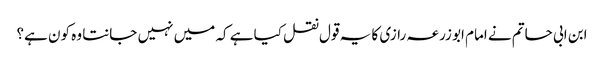
ابن ابی حاتم نے امام ابو زرعہ رازی کا یہ قول نقل کیا ہے کہ میں نہیں جانتا وہ کون ہے؟